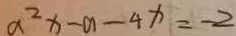
a ^ { 2 } x - a - 4 x = - 2